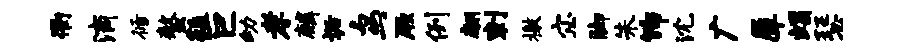
衢滴循螯繇巨幼孝麟垢鸟厥例翩刺檄宓脚朱饰沈广犀蝎瑟